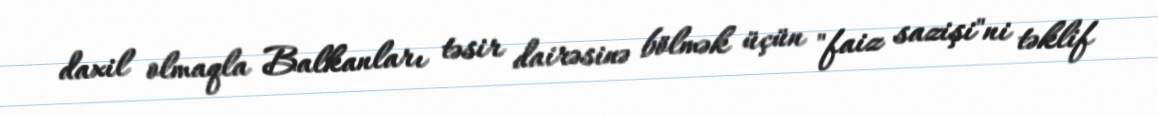
daxil olmaqla Balkanları təsir dairəsinə bölmək üçün "faiz sazişi"ni təklif